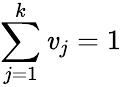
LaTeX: \sum_{j=1}^{k}\mathit{v}_{j}=1